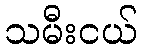
သမီးငယ်